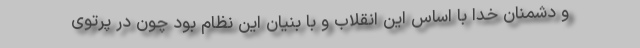
و دشمنان خدا با اساس این انقلاب و با بنیان این نظام بود چون در پرتوی